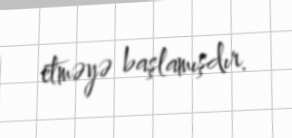
etməyə başlamışdır.